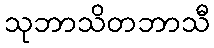
သုဘာသိတဘာသီ